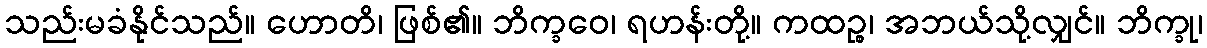
သည်းမခံနိုင်သည်။ ဟောတိ၊ ဖြစ်၏။ ဘိက္ခဝေ၊ ရဟန်းတို့။ ကထဉ္စ၊ အဘယ်သို့လျှင်။ ဘိက္ခု၊